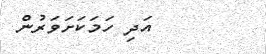
އަދި ހަމަކަށަވަރުން